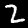
Label: 2